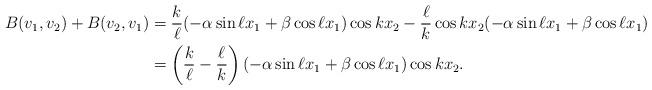
LaTeX: \begin{align*} B(v_1,v_2) + B(v_2,v_1) &= \frac{k}{\ell}(-\alpha \sin \ell x_1 + \beta \cos \ell x_1) \cos k x_2 - \frac{\ell}{k}\cos k x_2 (-\alpha \sin \ell x_1 + \beta \cos \ell x_1) \\& = \left(\frac{k}{\ell} - \frac{\ell}{k}\right)(-\alpha \sin \ell x_1 + \beta \cos \ell x_1) \cos k x_2. \end{align*}